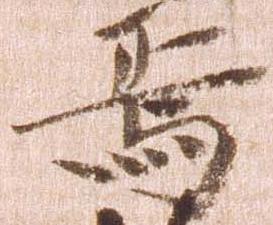
焉